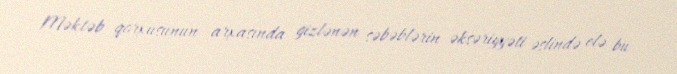
Məktəb qorxusunun arxasında gizlənən səbəblərin əksəriyyəti əslində elə bu